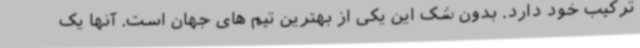
ترکیب خود دارد. بدون شک این یکی از بهترین تیم های جهان است. آنها یک